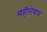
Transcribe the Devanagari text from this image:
महीनेवार